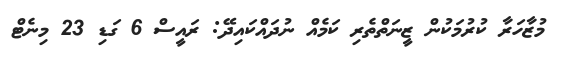
މުޒާހަރާ ކުރުމަކުން ޒީނަތްތެރި ކަމެއް ނުދައްކައިދޭ: ރައީސް 6 ގަޑި 23 މިނެޓް